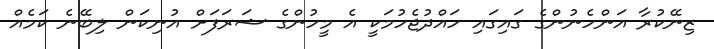
ޒިނޭކުރާ އަންހެނުންގެ ގައިގައި ހައްދުޖެހުމަކީ އެ މީހުންގެ ޝަރަފަށް އުނިކަން ލިބޭނެ ކަމެއް